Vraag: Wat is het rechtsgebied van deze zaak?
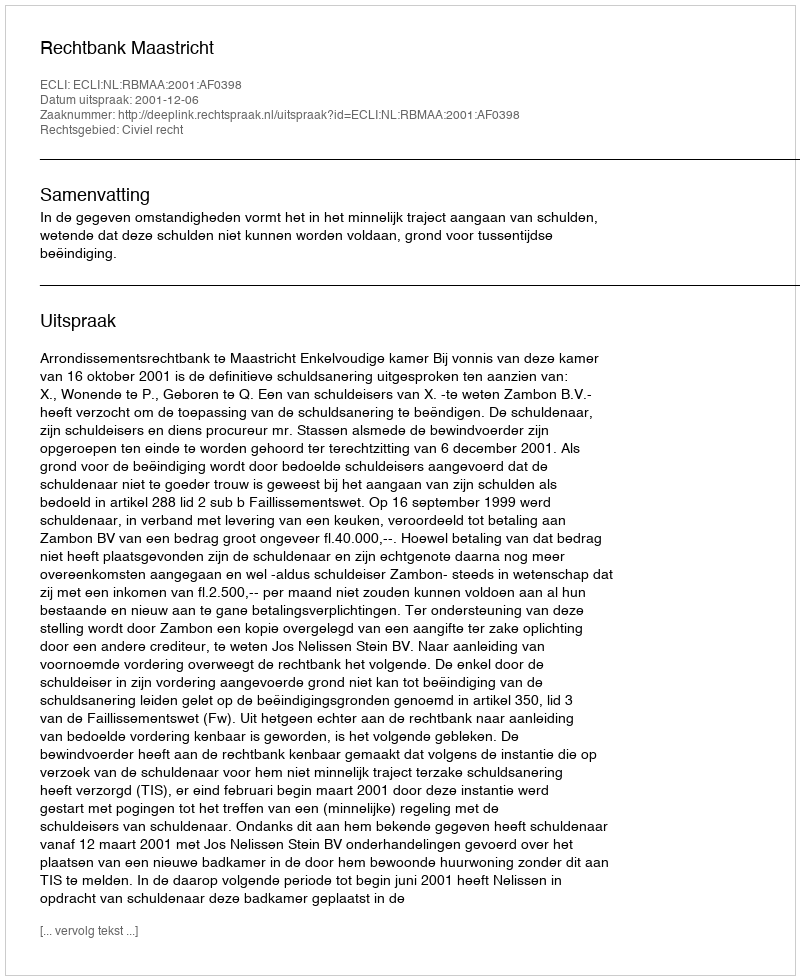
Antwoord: Civiel recht